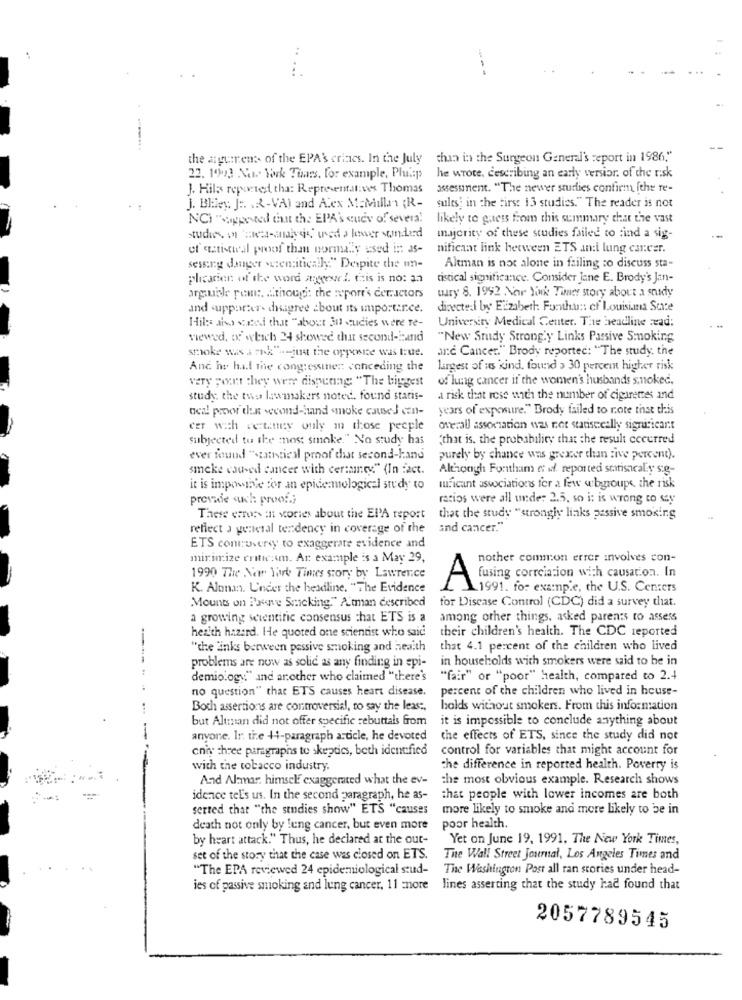
the aguren: of the EPA's crines. In the July chan in the Surgeon General's report in 1986."
22. 199] Now. Yok Tuars, for example, Plusp
he wrote, describing an early version. of the risk
J. Hils reported tha: Representatives Thomas
assessment. "The newer studies confirm fthe re-
j. Bliley: J :. . 2-VA) and Alex McMillan {R-
sules; in the first 13 studies." The reader is not
NCI "suggested that the EPA's study of severa!
likely to guess from this summary chat the vast
studies o 'shea-analysis,' used a lower sonderd
majority of these studies failed to find a sig-
of setistwal proof than normally used in as-
nificaat link between ETS an:i lung cancer.
sessing danger weremitically." Despite the un-
Altman is not alone in failing to discuss sta-
plicarien of the word angrer !. this is no: an
tistical significance. Consider jane E. Brody's Jan-
wary 8. 1992 New York Tiner story about a snady
arguble pem :. ... though: the wport's cer.actors
and supporters cheagree about its importance.
directed by Elizabeth: Fonthu :: of Louisiana State
Hil: aby sted that "about 3u studies were Te-
University Medical Center. The headline :ead:
viewed, of which 24 showed that second-hand
"New Study Strongly Links Passive Smoking
smoke was a =ok""-just the opposite was tue.
arc Cancer." Brody reportec: "The study, the
And he had the congressines: conceding the
largest of us kind, found > 30 percem higher risk
very port they were dispeang; "The biggest
of lung cancer if the women's husbands smoked.
study the two lawmakers noted. found statis-
a risk that rose with the number of cigarettes and
acal proor due second-hand smoke caused an-
years of exposure." Brody failed to note that this
cer with retaney ouly m those people
ostrall association was not statistically significant
subjected to the most smoke." No study has
"that is, the probability that the result cccerred
ever found "szanstical proof that second-hand
purely by chance was greater than five percent).
smoke caused cancer with certaines" (In fact.
Although Fontham et al. reported statisacaly sig-
it is imponible for an epidemiological study to
luFicant associations for a few wbgroupe, the risk
provide such proof .;
ratios were all under 2.5, so i: is wrong to sty
These errors ant stories about the El'A report
that the study "strongly links passive smoking
reflect a general tendency in coverage of the
and cancer."
ETS contusersy to exaggerate evidence and
mirimize critic.m. Ar example is a May 29,
nother common errer involves con-
-
1990 The Nar York Times story by Lawrence
K. Alanan. Under the headline. "The Evidence
Afusing corrciation with causation. In
1991. for example, the U.S. Centers
Mounts on Brene Seeking." Amman described
for Disease Control (CDC) did a survey that.
a growing scientific consensus that ETS is a
among other things, asked parents to assess
their children's health. The CDC reported
heaith hazard. He quoted one scientist who said
"the links between passive smoking and heaith
that 4.1 percent of the children who lived
in households with smokers were said to be in
problems are now as solic as any finding in epi-
demiology." and another who claimed "there's
"fair" or "poor" health, compared to 2.4
no question" that ETS causes heart disease.
percent of the children who lived in beuse-
Boch assertions are controversial, to say the least,
holds without smokers. From this information
but Altman did not offer specific rebuttals from
it is impossible to conclude anything about
anyone. Ir. the +4-paragraph article, he devoted
the effects of ETS, since the study did not
cniy three paragraphs to skeptics, beth identified
control for variables that might account for
with the tobacco industry.
the difference in reported health. Poverty is
And Alamar. himself exaggerated what the ev-
the most obvious example. Research shows
idence tel's us. In the second paragraph, he as-
that people with lower incomes are both
serted that "the studies show" ETS "causes
more likely to smoke and more likely to be in
death not only by lung cancer, but even more
poor health.
by heart attack." Thus, he declared at the out-
Yet on June 19, 1991. The New York Times,
set of the story that the case was closed on ETS.
The Wall Street Journal, Los Angeles Times and
"The EPA reviewed 24 epidemiological stud- The Washington Post all ran stories under head-
ies of passive smoking and lung cancer. 11 more lines asserting that the study had found that
2057789545